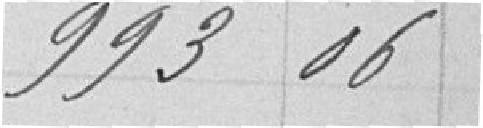
993,06